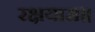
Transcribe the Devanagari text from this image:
रक्षयाम॥